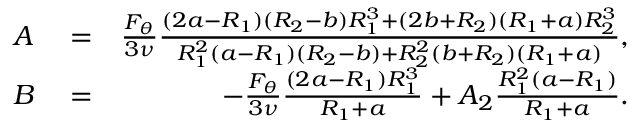
\begin{array} { r l r } { A } & { { } = } & { \frac { F _ { \theta } } { 3 \nu } \frac { ( 2 a - R _ { 1 } ) ( R _ { 2 } - b ) R _ { 1 } ^ { 3 } + ( 2 b + R _ { 2 } ) ( R _ { 1 } + a ) R _ { 2 } ^ { 3 } } { R _ { 1 } ^ { 2 } ( a - R _ { 1 } ) ( R _ { 2 } - b ) + R _ { 2 } ^ { 2 } ( b + R _ { 2 } ) ( R _ { 1 } + a ) } , } \\ { B } & { { } = } & { - \frac { F _ { \theta } } { 3 \nu } \frac { ( 2 a - R _ { 1 } ) R _ { 1 } ^ { 3 } } { R _ { 1 } + a } + A _ { 2 } \frac { R _ { 1 } ^ { 2 } ( a - R _ { 1 } ) } { R _ { 1 } + a } . } \end{array}